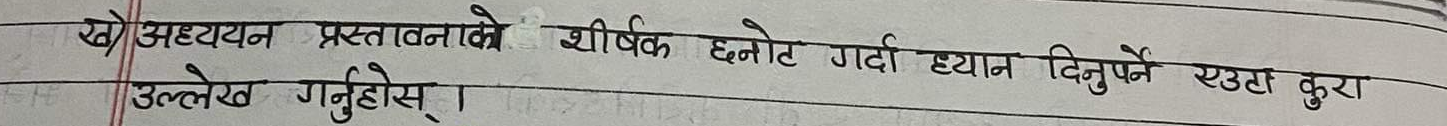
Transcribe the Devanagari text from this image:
ख) अध्ययन प्रस्तावनाको शीर्षक छनोट गर्दा ध्यान दिनुपर्ने एउटा कुरा उल्लेख गर्नुहोस् ।